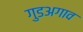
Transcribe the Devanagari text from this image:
गुडअगाव